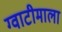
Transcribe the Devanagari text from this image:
ग्वाटीमाला